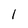
Character: 1